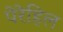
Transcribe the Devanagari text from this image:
पेरेहिल